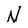
Character: N